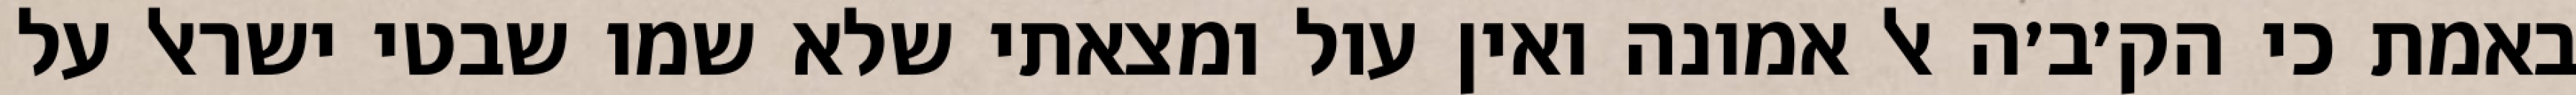
באמת כי הק׳ב׳ה אל אמונה ואין עול ומצאתי שלא שמו שבטי ישראל על